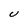
Character: U